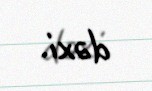
dəxi.